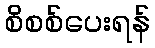
စိစစ်ပေးရန်